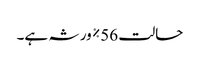
حالت 56٪ ورثہ ہے۔